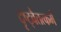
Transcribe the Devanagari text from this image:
दृष्ट्वैतत्कर्म